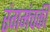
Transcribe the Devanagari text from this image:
रंगमंचकी